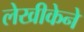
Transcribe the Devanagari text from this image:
लेखीकेने